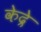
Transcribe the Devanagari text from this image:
केद्रे